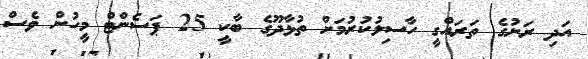
އަދި ރަށުގެ ތަރައްގީ ހާސިލުކުރުމަށް ތުޅާދޫގެ ބާކީ 25 ޕަސެންޓް މީހުން ވެސް